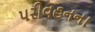
પરીવહનના